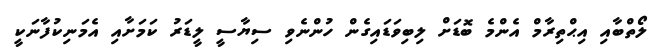
ލޯތްބާއި އިޙްތިރާމް އެންމެ ބޮޑަށް ލިބިވަޑައިގެން ހުންނެވި ސިޔާސީ ލީޑަރު ކަމަށާއި އެމަނިކުފާނަކީ